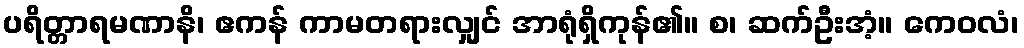
ပရိတ္တာရမဏာနိ၊ ဧကန် ကာမတရားလျှင် အာရုံရှိကုန်၏။ စ၊ ဆက်ဦးအံ့။ ကေဝလံ၊